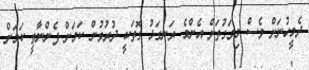
ދެމީހުނަށް ވެސް މިވަގުތަށް އެންމެ ރަނގަޅު ގޮތަކީ ދުރުވުން ކަމަށް ފެންނާތީ ކަމަށް